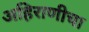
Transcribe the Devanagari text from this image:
अहिराणीचा